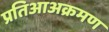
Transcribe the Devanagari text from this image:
प्रतिआअक्रमण